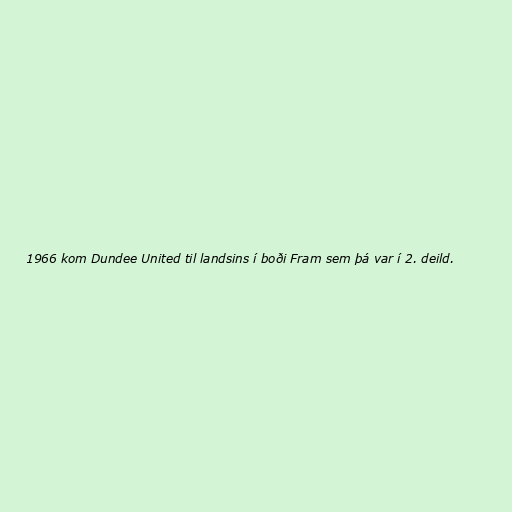
1966 kom Dundee United til landsins í boði Fram sem þá var í 2. deild.